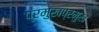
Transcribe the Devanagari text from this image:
प्रमुखप्रमुख